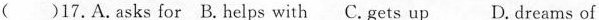
()17.A.Asks for B.Helps with C. Gets up D. dreams of